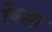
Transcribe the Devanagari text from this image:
विज्ञा